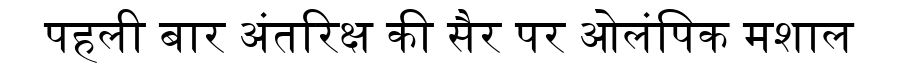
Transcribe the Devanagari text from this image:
पहली बार अंतरिक्ष की सैर पर ओलंपिक मशाल